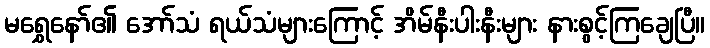
မရွှေနော်၏ အော်သံ ရယ်သံများကြောင့် အိမ်နီးပါးနီးများ နားစွင့်ကြချေပြီ။